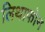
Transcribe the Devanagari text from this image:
लिथाफोन